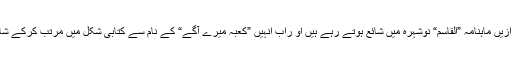
یہ سفرنامے قبل ازیں ماہنامہ ”القاسم“ نوشہرہ میں شائع ہوتے رہے ہیں او راب انہیں ”کعبہ میرے آگے“ کے نام سے کتابی شکل میں مرتب کرکے شائع کیا جارہا ہے۔